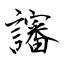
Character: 讅